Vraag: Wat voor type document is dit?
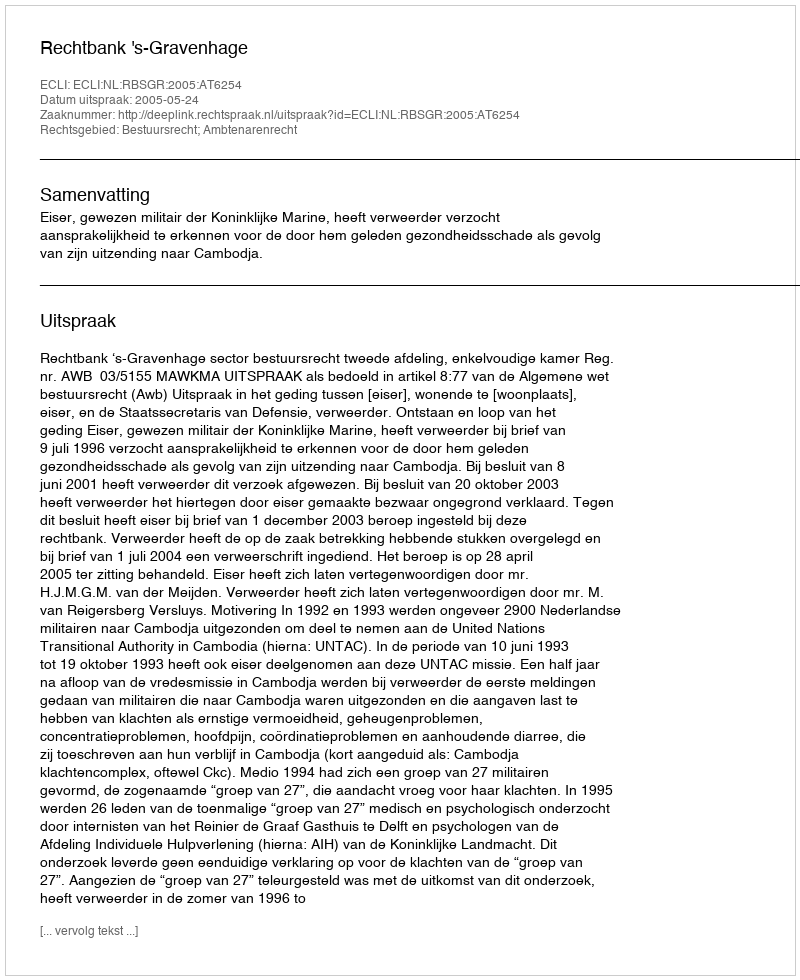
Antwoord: Uitspraak